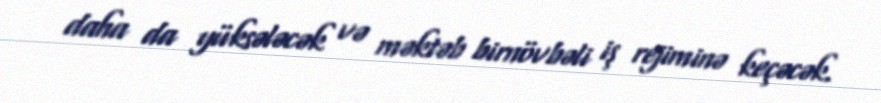
daha da yüksələcək və məktəb birnövbəli iş rejiminə keçəcək.